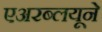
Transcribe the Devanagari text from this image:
एअरब्लयूने